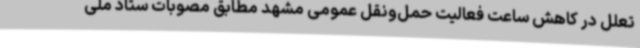
تعلل در کاهش ساعت فعالیت حمل‌ونقل عمومی مشهد مطابق مصوبات ستاد ملی